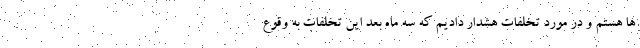
ها هستم و در مورد تخلفات هشدار دادیم که سه ماه بعد این تخلفات به وقوع